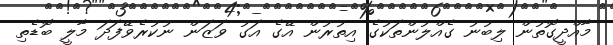
މާއްދީގޮތުން ލިބުނު ގެއްލުންތަކުގެ އިތުރުން އޭގެ އަގު ވަޒަން ނުކުރެވޭފަދަ މާލީ ބޮޑެތި